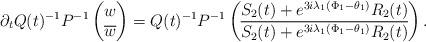
LaTeX: \begin{align*}&\partial_t Q(t)^{-1} P^{-1} \begin{pmatrix}w \\\overline{w}\end{pmatrix}= Q(t)^{-1} P^{-1}\begin{pmatrix}S_2(t) + e^{3i\lambda_1 (\Phi_1-\theta_1)} R_2(t) \\\overline{S_2(t) + e^{3i\lambda_1 (\Phi_1-\theta_1)} R_2(t) }\end{pmatrix}. \end{align*}